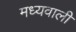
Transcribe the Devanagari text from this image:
मध्यवाली